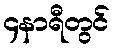
၄နာရီတွင်